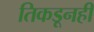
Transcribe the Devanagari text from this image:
तिकडूनही